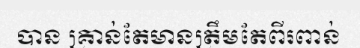
បាន គ្រាន់តែមានត្រឹមតែពីរពាន់